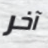
آخر